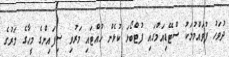
ދުވަހު ފުވައްމުލަކު ސްޓޭޑިއަމްގައި ފުޓްބޯޅަ ކުޅެން ހުއްޓައި މަރުވި ސިފައިންގެ މީހާގެ މަރުގެ